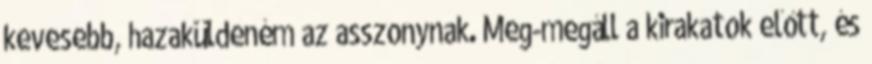
kevesebb, hazaküldeném az asszonynak. Meg-megáll a kirakatok előtt, és